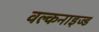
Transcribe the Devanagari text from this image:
वल्कनाइज्ड